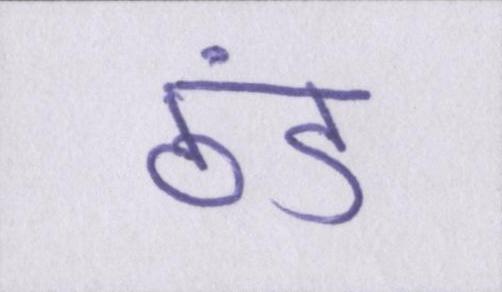
ठंड